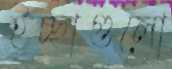
ইচ্ছাগুলো